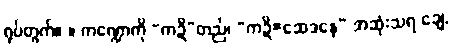
ရုပ်တွက်။ ။ ကဏ္ဍောကို “ကဍိ”တည်၊ “ကဍိ=ဆေဒနေ” အဆုံးသရ ချေ,